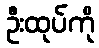
ဦးထုပ်ကို